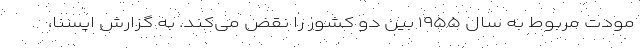
مودت مربوط به سال ۱۹۵۵ بین دو کشور را نقض می‌کند. به گزارش ایسنا،